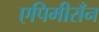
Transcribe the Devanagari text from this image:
एपिमीराँन